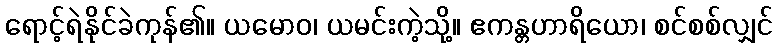
ရောင့်ရဲနိုင်ခဲကုန်၏။ ယမောဝ၊ ယမင်းကဲ့သို့။ ဧကန္တဟာရိယော၊ စင်စစ်လျှင်